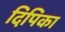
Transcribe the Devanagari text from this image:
दिपिका